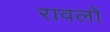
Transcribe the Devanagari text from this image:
रावलों